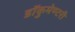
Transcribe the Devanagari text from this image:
डॉकुमेण्टरी